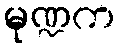
မုဏ္ဍက